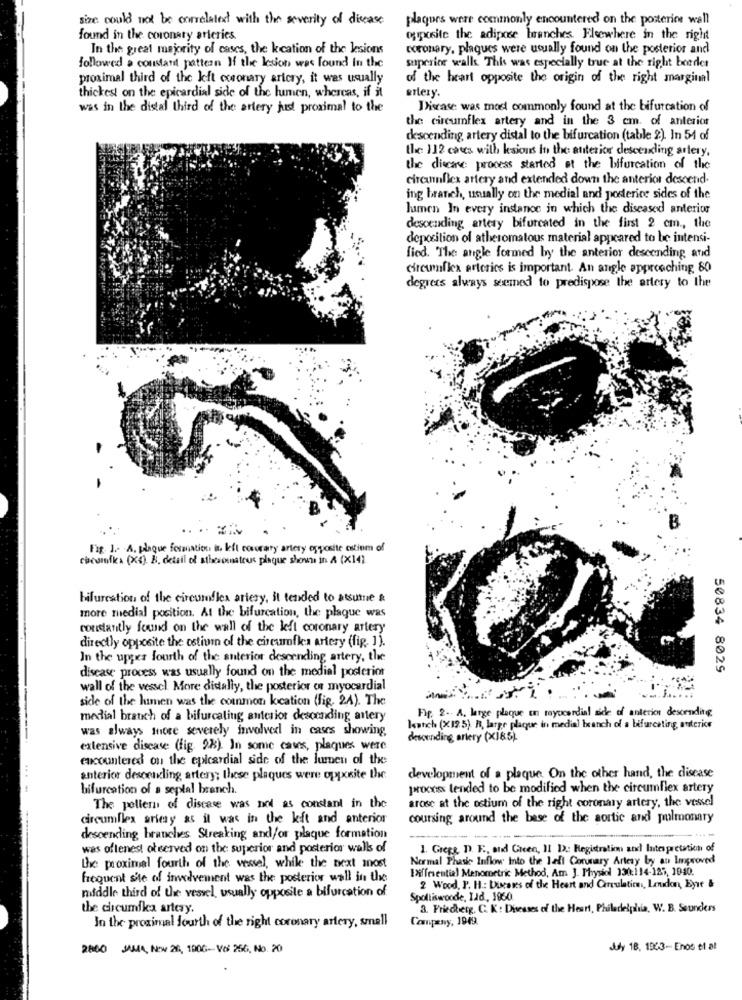
size could not be correlated with the severity of dicase
plaques were commonly encountered on the posterior wall
found in the coronary arteries.
opposite the adipose branches. Elsewhere in the right
In the great majority of cases, the kcation of the lesions
coronary, plaques were usually found on the posterior and
followed a constant pattern If the lesion was found in the
superior walls This was especially true at the right boeder
proximal third of the left ccsonary artery, it was usually
of the heart opposite the origin of the right marginal
thickest on the epicardial side of the lumen, whereas, if it
erlery.
was in the distal third of the artery just proximal to the
Disease: was most commonly found at the bifurcation of
the circumflex artery and in the 3 cm. of anterior
descending, artery distal to the bifurcation (table 2). In 51 of
the 112 cases with lesions In the anterior descending artery.
the discare process started at the bifurcation of the
circumflex artery and extended down the anterior descend-
ing branch, usually on the medial and posterice sides of the
lumen In every instance in which the diseased anterior
descending artery bifurcated in the first 2 cm ., the
deposition of atheromatous material appeared to be intensi-
fied. The angle formed by the anterior descending and
circumflex arteries is important. An angle approaching 80
degress always seemed to predispose the artery to the
Fig. 1. A. plaque formation . kft courary artery opposite ostiem of
cocomia (X4). B. detail of sthosomatous plaque shown in A (X14)
bifurcation of the circumflex artery, il tended to atsume &
more medial position. At the bifurcation, the plaque was
constantly found on the wall of the left coronary artery
directly opposite the ostium of the circumfles artery (fig. 1).
In the uppees fourth of the anterior descending artery, the
disease process was usually found on the medial posterior
50834 8029
wall of the vessel More disally, the posterior or myocardial
side of the luimen was the common kication (fig. 24). The
For 2. A. large plaque on mayocordial side of anterior descending
medial branch of a bifurcaling anterior descending artery
was always inore severely involved in cases showing,
Iwatch (X125). R. large plaque in media] branch of a bifurcating anterice
desounding artery (X185).
extensive disease (fig. 2%). In some cases, plaques were
encountered on the epicardial side of the lumen of the
anterior descending artery; these plaques were opposite the
development of a plaque On the other hand, the disease
bifurcation of a septal branch.
process tended to be modified when the circumflex artery
arose at the ostium of the right coronary artery, the vessel
The poltern of disease was not as constant in the
circumflex arieny as it was in the left and anterior
coursing around the base of the aortic and pulmonary
descending branches Streaking and/or plaque formation
was oftenest ofserved on the superior and posterior walls of
1. Gregg, D. E ., and Green, II D .: Registration and Interpretation of
Normal Phasie Inflow Into the lall Coronary Artery by an Improved
the proximal fourth of the vessel, while the next most
Biffesential Menometric Method, Am J. Physiol 330:114-125, 1940.
frequent site of involvement was the posterior wall in the
middle third of the vessel, usually opposite a bifurcation of
2 Wood, P. H .: Ducases of the Heart and Circulation, London, Eyre &
Spolliswoode, Lad, 1960
the circumika artery.
3. Friedberg, C. K : Diseases of the Heart, Philadelphia, W. B. Saunders
Company, 1949.
In the proximal fourth of the right coronary artery, small
2860 JAMA, Now 26, 100G- Vo: 256, No. 20
July 18, 1943-Enos et al